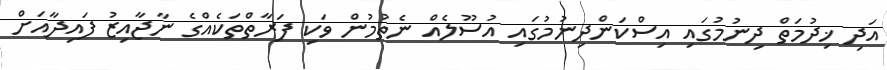
އަދި ޚިދުމަތް ދިނުމުގައި އިސްކަންދިނުމުގައި އުސޫލެއް ނެތުމުން ވަކި ފަރާތްތަކެއްގެ ނާޖާއިޒު ފައިދާއަށް